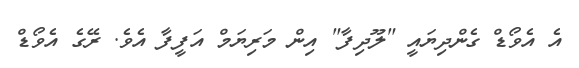
އެ އެވޯޑް ގެންދިޔައީ "ލޫދިފާ" އިން މަރިޔަމް އަފީފާ އެވެ. ރޭގެ އެވޯޑް